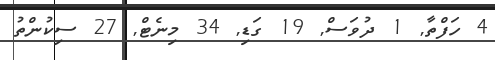
4 ހަފްތާ